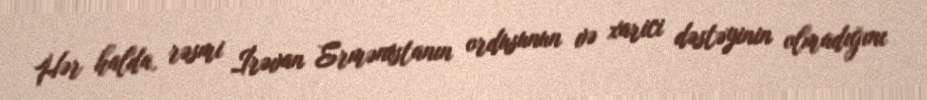
Hər halda, rəsmi İrəvan Ermənistanın ordusunun və xarici dəstəyinin olmadığını